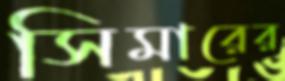
সিমারের